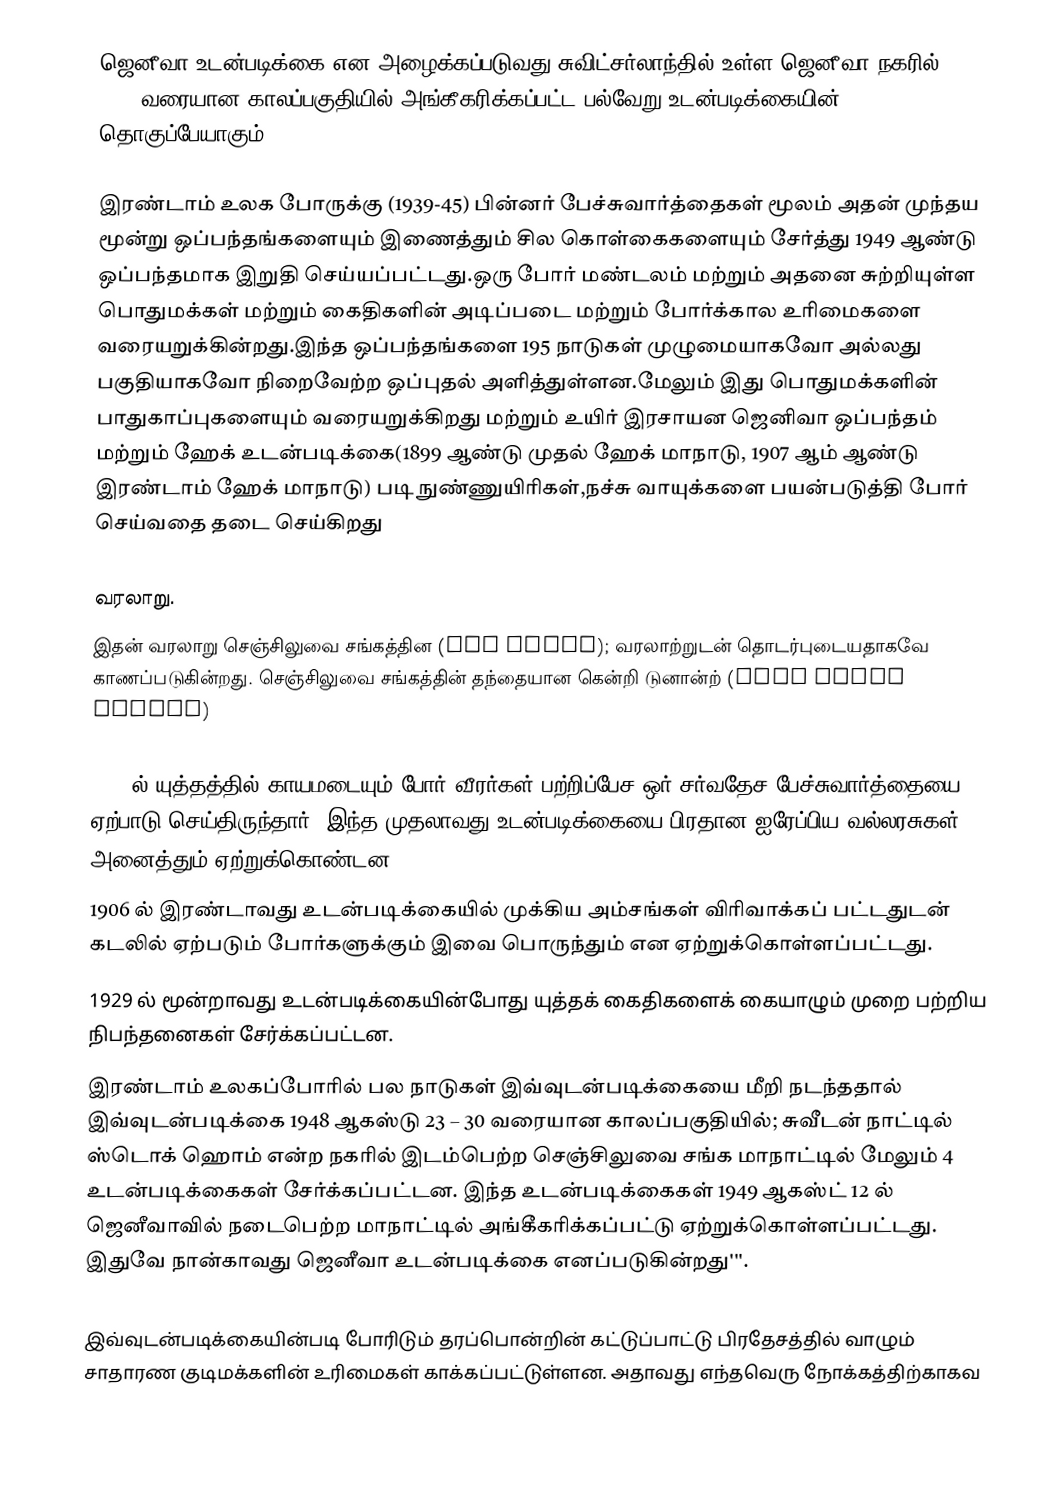
ஜெனீவா உடன்படிக்கை என அழைக்கப்படுவது சுவிட்சர்லாந்தில் உள்ள ஜெனீவா நகரில் 1864- 1949 வரையான காலப்பகுதியில் அங்கீகரிக்கப்பட்ட பல்வேறு உடன்படிக்கையின் தொகுப்பேயாகும்.

இரண்டாம் உலக போருக்கு (1939-45) பின்னர் பேச்சுவார்த்தைகள் மூலம் அதன் முந்தய  மூன்று ஒப்பந்தங்களையும் இணைத்தும் சில கொள்கைகளையும் சேர்த்து 1949 ஆண்டு ஒப்பந்தமாக இறுதி செய்யப்பட்டது.ஒரு போர் மண்டலம் மற்றும் அதனை சுற்றியுள்ள பொதுமக்கள் மற்றும்  கைதிகளின் அடிப்படை மற்றும் போர்க்கால உரிமைகளை வரையறுக்கின்றது.இந்த ஒப்பந்தங்களை 195 நாடுகள் முழுமையாகவோ அல்லது பகுதியாகவோ நிறைவேற்ற ஒப்புதல் அளித்துள்ளன.மேலும் இது பொதுமக்களின்  பாதுகாப்புகளையும் வரையறுக்கிறது மற்றும் உயிர் இரசாயன ஜெனிவா ஒப்பந்தம் மற்றும் ஹேக் உடன்படிக்கை(1899 ஆண்டு முதல் ஹேக் மாநாடு, 1907 ஆம் ஆண்டு இரண்டாம் ஹேக் மாநாடு)  படி நுண்ணுயிரிகள்,நச்சு வாயுக்களை பயன்படுத்தி போர் செய்வதை தடை செய்கிறது

 வரலாறு.
இதன் வரலாறு செஞ்சிலுவை சங்கத்தின (Red Cross); வரலாற்றுடன் தொடர்புடையதாகவே காணப்படுகின்றது. செஞ்சிலுவை சங்கத்தின் தந்தையான கென்றி டுனான்ற் (Jean Henri Dunant)

 1864 ல் யுத்தத்தில் காயமடையும் போர் வீரர்கள் பற்றிப்பேச ஒர் சர்வதேச பேச்சுவார்த்தையை ஏற்பாடு செய்திருந்தார். இந்த முதலாவது உடன்படிக்கையை பிரதான ஐரேப்பிய வல்லரசுகள் அனைத்தும் ஏற்றுக்கொண்டன.
 1906 ல் இரண்டாவது உடன்படிக்கையில் முக்கிய அம்சங்கள் விரிவாக்கப் பட்டதுடன் கடலில் ஏற்படும் போர்களுக்கும் இவை பொருந்தும் என ஏற்றுக்கொள்ளப்பட்டது.
 1929 ல் மூன்றாவது உடன்படிக்கையின்போது யுத்தக் கைதிகளைக் கையாழும் முறை பற்றிய நிபந்தனைகள் சேர்க்கப்பட்டன.
 இரண்டாம் உலகப்போரில் பல நாடுகள் இவ்வுடன்படிக்கையை மீறி நடந்ததால் இவ்வுடன்படிக்கை 1948 ஆகஸ்டு 23 – 30 வரையான காலப்பகுதியில்; சுவீடன் நாட்டில் ஸ்டொக் ஹொம் என்ற நகரில் இடம்பெற்ற செஞ்சிலுவை சங்க மாநாட்டில் மேலும் 4 உடன்படிக்கைகள் சேர்க்கப்பட்டன. இந்த உடன்படிக்கைகள் 1949 ஆகஸ்ட் 12 ல் ஜெனீவாவில் நடைபெற்ற மாநாட்டில் அங்கீகரிக்கப்பட்டு ஏற்றுக்கொள்ளப்பட்டது. இதுவே நான்காவது ஜெனீவா உடன்படிக்கை எனப்படுகின்றது'''.

இவ்வுடன்படிக்கையின்படி போரிடும் தரப்பொன்றின் கட்டுப்பாட்டு பிரதேசத்தில் வாழும் சாதாரண குடிமக்களின் உரிமைகள் காக்கப்பட்டுள்ளன. அதாவது எந்தவெரு நோக்கத்திற்காகவ